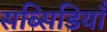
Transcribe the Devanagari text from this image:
सब्सिडियाँ